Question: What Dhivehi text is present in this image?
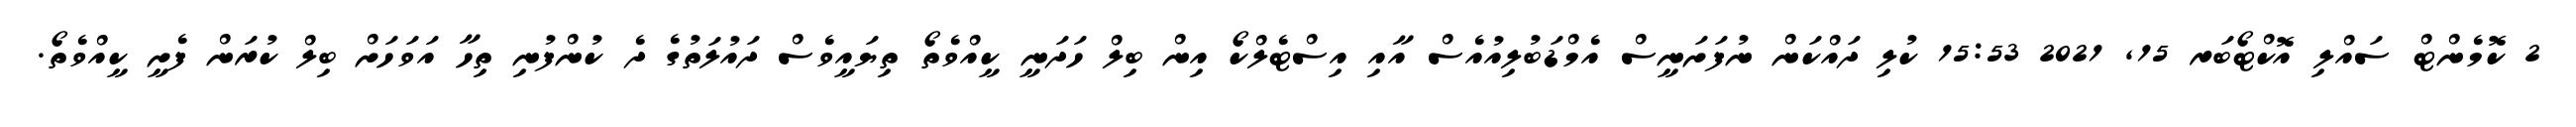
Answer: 2 ކޮމެންޓް ސައްލި އޮކްޓޯބަރ 15, 2021 15:53 ކުލި ދައްކަން ނުފަށަނީސް އެމްޑަބުލިއުއެސް އާއި އިސްޓެލްކޯ އިން ބިލް ހަދަނީ ކީއްވެތޯ ތިޔައީވެސް ދައުލަތުގެ ދެ ކުންފުނި ތިހާ އަވަހަށް ބިލް ކުރަން ފެށީ ކީއްވެތޯ.